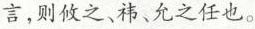
言，则攸之、祎、允之任也。